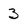
Character: 3